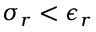
\sigma _ { r } < \epsilon _ { r }